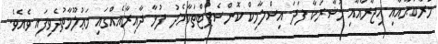
މުރާބަޙާއާއި އިޖާރާއާއި މުޝާރަކާ ފަދަ އިސްލާމިކް ކޮންސެޕްޓްތަކާމެދު ފުޅާ ދާއިރާއެއްގައި މަޢުލޫމާތުދެވިފައި ވެއެވެ.